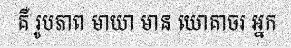
គឺ រូបភាព មាយា មាន យោគាចរ អ្នក